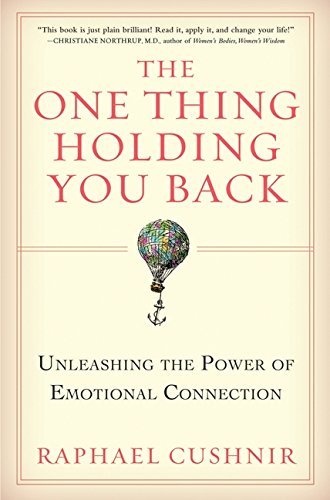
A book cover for The One Thing Holding You Back: Unleashing the Power of Emotional Connection; Raphael Cushnir; Self-Help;